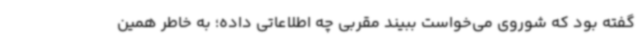
گفته بود که شوروی می‌خواست ببیند مقربی چه اطلاعاتی داده؛ به خاطر همین